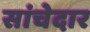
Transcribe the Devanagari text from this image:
सांचेदार